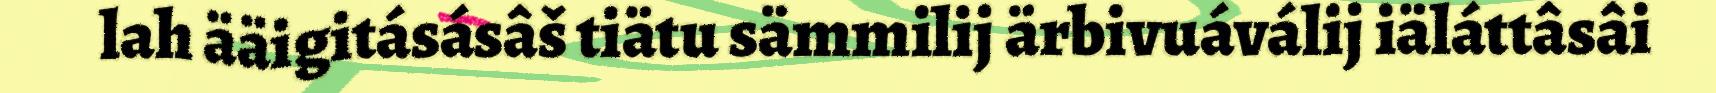
lah ääigitásásâš tiätu sämmilij ärbivuáválij iäláttâsâi